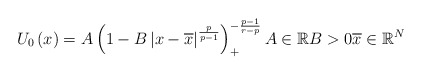
\begin{align*}U_{0}\left( x\right) =A\left( 1-B\left\vert x-\overline{x}\right\vert^{\frac{p}{p-1}}\right) _{+}^{-\frac{p-1}{r-p}}A\in\mathbb{R}B>0\overline{x}\in\mathbb{R}^{N}\end{align*}